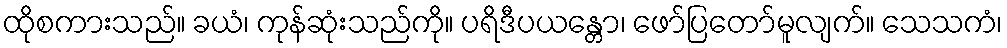
ထိုစကားသည်။ ခယံ၊ ကုန်ဆုံးသည်ကို။ ပရိဒီပယန္တော၊ ဖော်ပြတော်မူလျက်။ သေသကံ၊